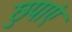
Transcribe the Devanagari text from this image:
छुपाएं